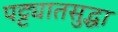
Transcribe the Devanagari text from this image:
पट्ट्यातसुद्धा